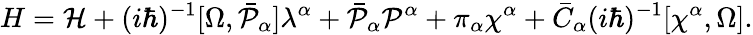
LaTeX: H={\cal H}+(i\hbar)^{-1}[\Omega,\bar{\cal P}_{\alpha}]\lambda^{\alpha}+\bar{\cal P}_{\alpha}{\cal P}^{\alpha}+\pi_{\alpha}\chi^{\alpha}+\bar{C}_{\alpha}(i\hbar)^{-1}[\chi^{\alpha},\Omega].